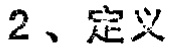
2、定义